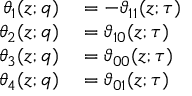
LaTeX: \begin{array} { r l } { \theta _ { 1 } ( z ; q ) } & { { } = - \vartheta _ { 1 1 } ( z ; \tau ) } \\ { \theta _ { 2 } ( z ; q ) } & { { } = \vartheta _ { 1 0 } ( z ; \tau ) } \\ { \theta _ { 3 } ( z ; q ) } & { { } = \vartheta _ { 0 0 } ( z ; \tau ) } \\ { \theta _ { 4 } ( z ; q ) } & { { } = \vartheta _ { 0 1 } ( z ; \tau ) } \end{array}